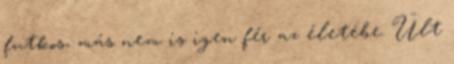
futkos, más nem is igen fér az életébe. Ült